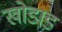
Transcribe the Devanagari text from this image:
खोडाड